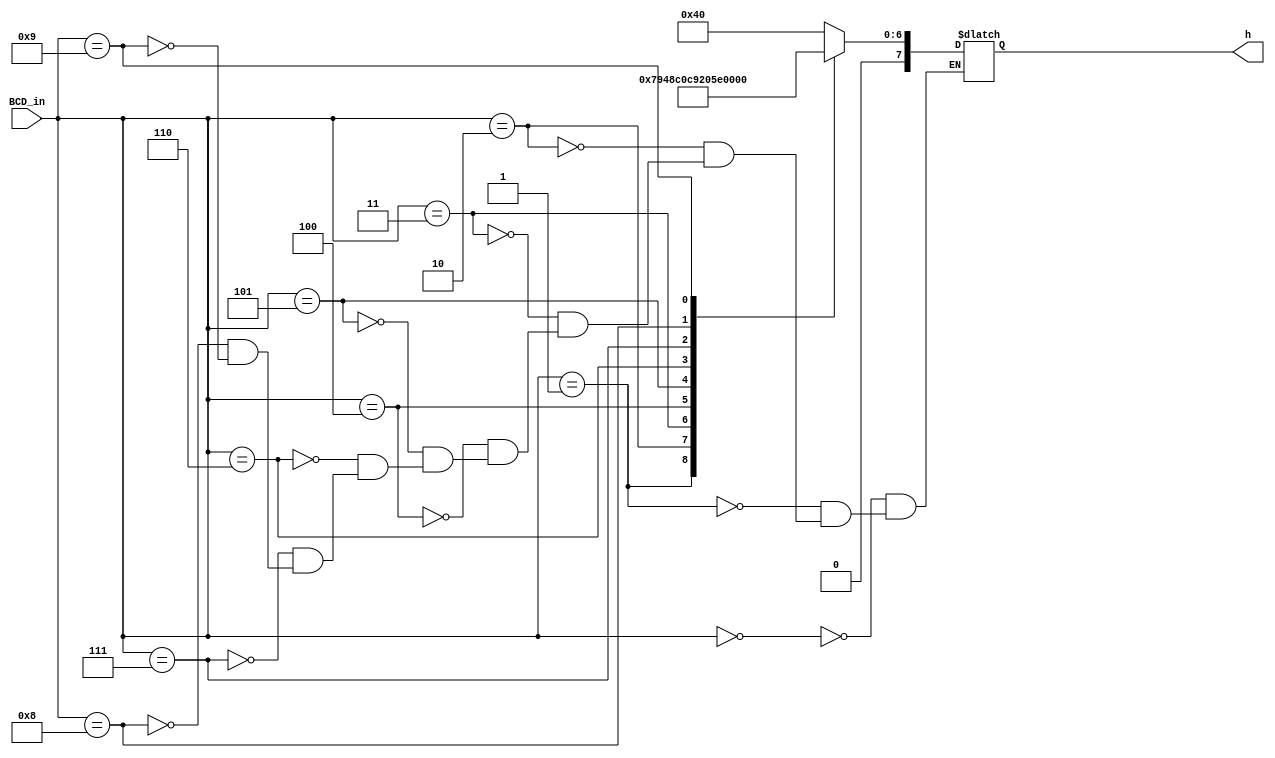
module BCD_decoder(BCD_in, h);
	input [3:0]BCD_in;
	output reg [7:0]h;
	always @(*) begin
		case(BCD_in)
			0:h=7'b1000000;
			1:h=7'b1111001;
			2:h=7'b0100100;
			3:h=7'b0110000;
			4:h=7'b0011001;
			5:h=7'b0010010;
			6:h=7'b0000010;
			7:h=7'b1111000;
			8:h=7'b0000000;
			9:h=7'b0011000;
		endcase
	end
endmodule